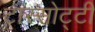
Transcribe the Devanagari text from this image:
टास्सोट्टी